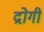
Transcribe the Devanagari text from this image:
द्रोगी